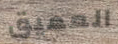
العميق